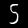
Label: 5